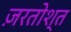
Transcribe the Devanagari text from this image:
ज़रतोश्त